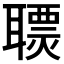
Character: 𦗩